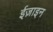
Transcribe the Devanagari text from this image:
ईज़ाइन